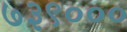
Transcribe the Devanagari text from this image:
७३९०००